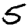
Digit: 5